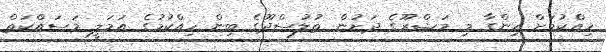
ހިއްކުމަށް ހިންގާ މި މަޝްރޫގެ ދަށުން ތުލުސްދޫގެ ބިން ހިއްކުމުގެ އަމަލީ މަސައްކަތް